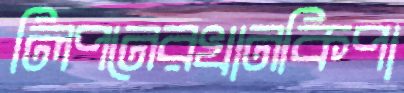
লিপনেরখানকিপা